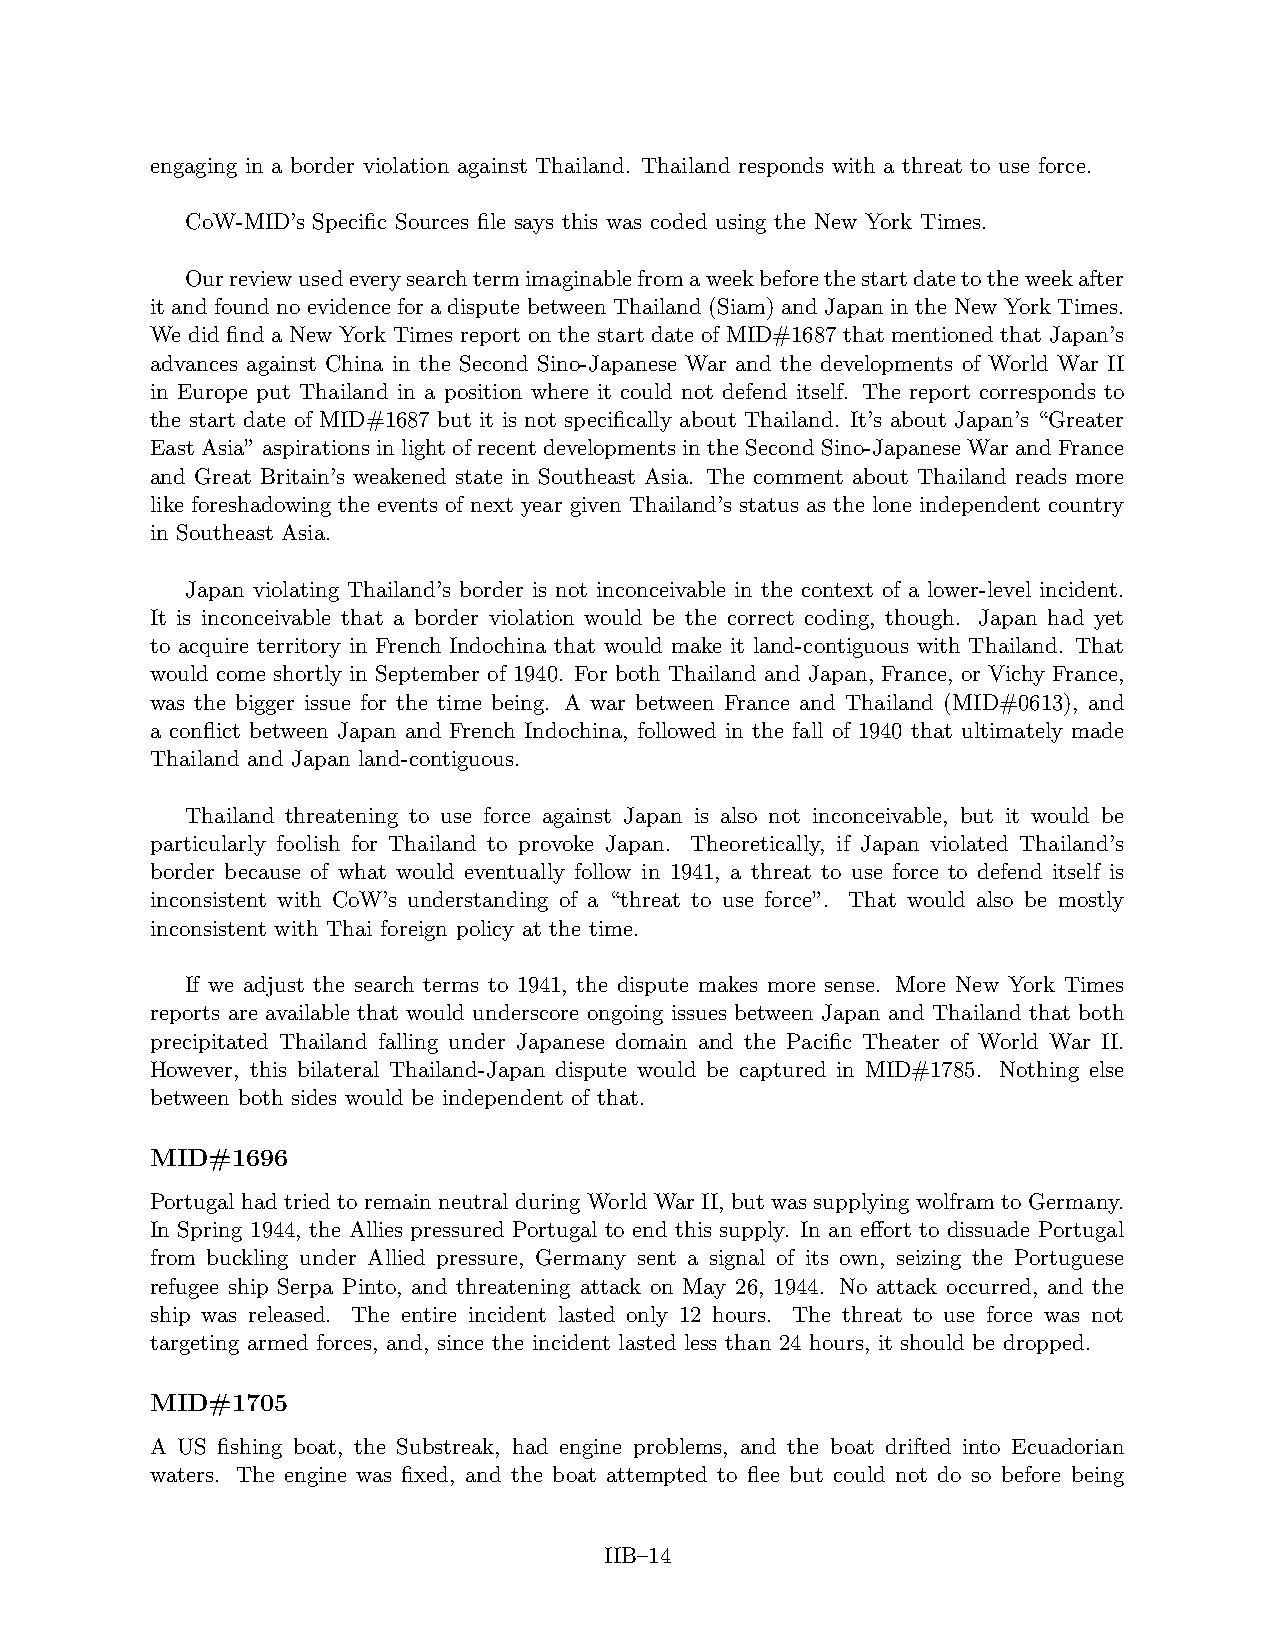
engaging in a border violation against Thailand. Thailand responds with a threat to use force.
 CoW-MID’s Specific Sources file says this was coded using the New York Times.
 Ourreviewusedeverysearchtermimaginablefromaweekbeforethestartdatetotheweekafter
 it and found no evidence for a dispute between Thailand (Siam) and Japan in the New York Times.
 We did find a New York Times report on the start date of MID#1687 that mentioned that Japan’s
 advances against China in the Second Sino-Japanese War and the developments of World War II
 in Europe put Thailand in a position where it could not defend itself. The report corresponds to
 the start date of MID#1687 but it is not specifically about Thailand. It’s about Japan’s “Greater
 East Asia” aspirations in light of recent developments in the Second Sino-Japanese War and France
 and Great Britain’s weakened state in Southeast Asia. The comment about Thailand reads more
 like foreshadowing the events of next year given Thailand’s status as the lone independent country
 in Southeast Asia.
 Japan violating Thailand’s border is not inconceivable in the context of a lower-level incident.
 It is inconceivable that a border violation would be the correct coding, though. Japan had yet
 to acquire territory in French Indochina that would make it land-contiguous with Thailand. That
 would come shortly in September of 1940. For both Thailand and Japan, France, or Vichy France,
 was the bigger issue for the time being. A war between France and Thailand (MID#0613), and
 a conflict between Japan and French Indochina, followed in the fall of 1940 that ultimately made
 Thailand and Japan land-contiguous.
 Thailand threatening to use force against Japan is also not inconceivable, but it would be
 particularly foolish for Thailand to provoke Japan. Theoretically, if Japan violated Thailand’s
 border because of what would eventually follow in 1941, a threat to use force to defend itself is
 inconsistent with CoW’s understanding of a “threat to use force”. That would also be mostly
 inconsistent with Thai foreign policy at the time.
 If we adjust the search terms to 1941, the dispute makes more sense. More New York Times
 reports are available that would underscore ongoing issues between Japan and Thailand that both
 precipitated Thailand falling under Japanese domain and the Pacific Theater of World War II.
 However, this bilateral Thailand-Japan dispute would be captured in MID#1785. Nothing else
 between both sides would be independent of that.
 MID#1696
 Portugal had tried to remain neutral during World War II, but was supplying wolfram to Germany.
 In Spring 1944, the Allies pressured Portugal to end this supply. In an effort to dissuade Portugal
 from buckling under Allied pressure, Germany sent a signal of its own, seizing the Portuguese
 refugee ship Serpa Pinto, and threatening attack on May 26, 1944. No attack occurred, and the
 ship was released. The entire incident lasted only 12 hours. The threat to use force was not
 targeting armed forces, and, since the incident lasted less than 24 hours, it should be dropped.
 MID#1705
 A US fishing boat, the Substreak, had engine problems, and the boat drifted into Ecuadorian
 waters. The engine was fixed, and the boat attempted to flee but could not do so before being
 IIB–14